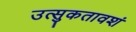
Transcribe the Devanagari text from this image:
उत्‍सुकतावशं